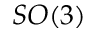
S O ( 3 )